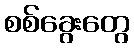
စစ်ခွေးတွေ